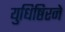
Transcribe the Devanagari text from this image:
युधिष्ठिरने